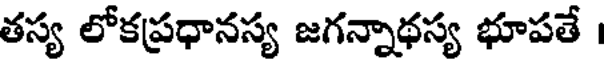
తస్య లోకప్రధానస్య జగన్నాథస్య భూపతే ।